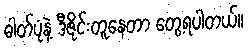
ဓါတ်ပုံနဲ့ ဒီဇိုင်းတူနေတာ တွေ့ရပါတယ်။